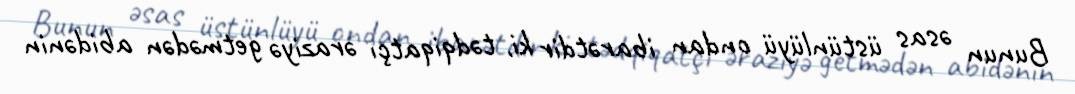
Bunun əsas üstünlüyü ondan ibarətdir ki, tədqiqatçı əraziyə getmədən abidənin